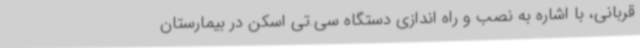
قربانی، با اشاره به نصب و راه اندازی دستگاه سی.تی اسکن در بیمارستان